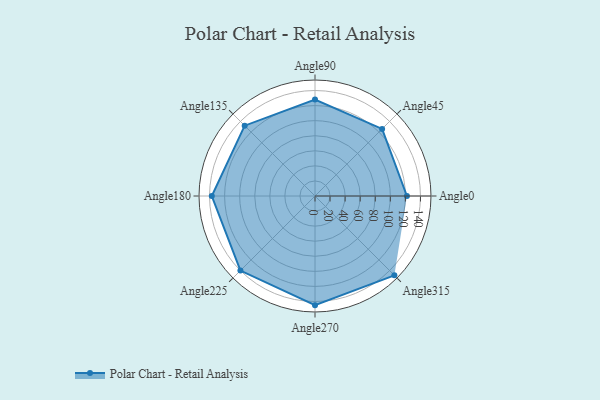
{"axis": {"x": "Angle", "y": "Radius"}, "legend": [""], "data": [{"x": "Angle0", "y": 122.0, "type": ""}, {"x": "Angle45", "y": 126.0, "type": ""}, {"x": "Angle90", "y": 128.0, "type": ""}, {"x": "Angle135", "y": 132.0, "type": ""}, {"x": "Angle180", "y": 137.0, "type": ""}, {"x": "Angle225", "y": 140.0, "type": ""}, {"x": "Angle270", "y": 145.0, "type": ""}, {"x": "Angle315", "y": 149.0, "type": ""}]}